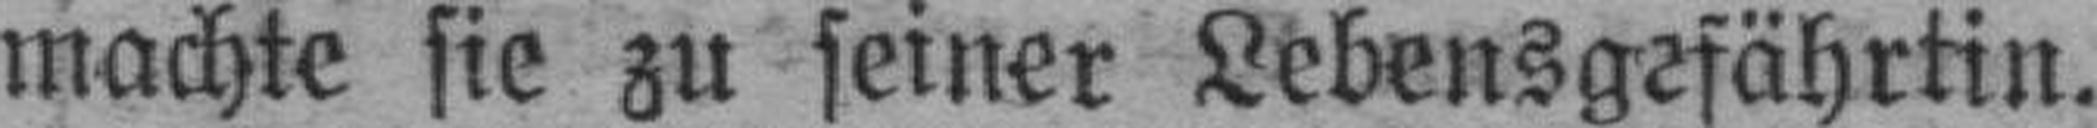
machte sie zu seiner Lebensgefährtin.